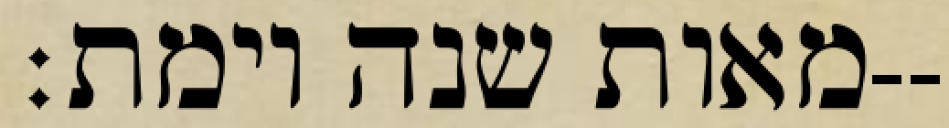
מאות שנה וימת׃--